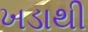
ખડાથી